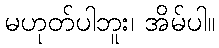
မဟုတ်ပါဘူး၊ အိမ်ပါ။